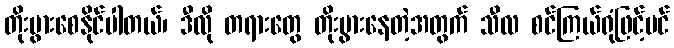
တိုးပွားစေနိုင်ပါတယ်၊ ဒီလို တရားတွေ တိုးပွားနေတဲ့အတွက် သီလ စင်ကြယ်ရုံဖြင့်ပင်